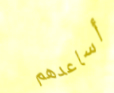
أساعدهم